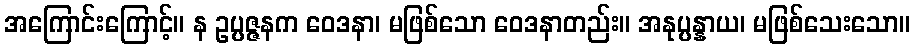
အကြောင်းကြောင့်။ န ဥပ္ပဇ္ဇနက ဝေဒနာ၊ မဖြစ်သော ဝေဒနာတည်း။ အနုပ္ပန္နာယ၊ မဖြစ်သေးသော။